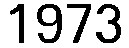
1973